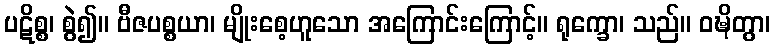
ပဋိစ္စ၊ စွဲ၍။ ဗီဇပစ္စယာ၊ မျိုးစေ့ဟူသော အကြောင်းကြောင့်။ ရုက္ခော၊ သည်။ ဝဍ္ဎိတွာ၊